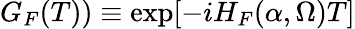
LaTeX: G_{F}(T))\equiv\exp[-iH_{F}(\alpha,\Omega)T]